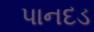
પાનદડ